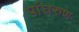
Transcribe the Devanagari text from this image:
पांघरुण